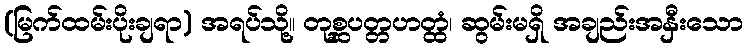
(မြက်ထမ်းပိုးချရာ) အရပ်သို့။ တုစ္ဆပတ္တဟတ္ထံ၊ ဆွမ်းမရှိ အချည်းအနှီးသော